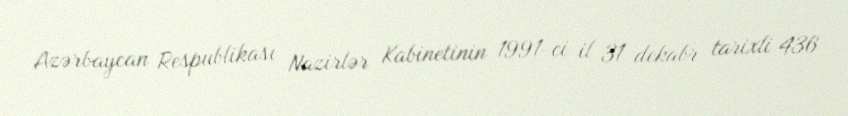
Azərbaycan Respublikası Nazirlər Kabinetinin 1991-ci il 31 dekabr tarixli 436